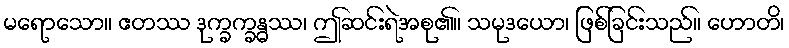
မရောသော။ ဧတဿ ဒုက္ခက္ခန္ဓဿ၊ ဤဆင်းရဲအစု၏။ သမုဒယော၊ ဖြစ်ခြင်းသည်။ ဟောတိ၊